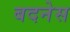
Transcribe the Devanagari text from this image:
बदनेस